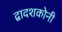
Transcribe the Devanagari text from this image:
द्वादशकोनी